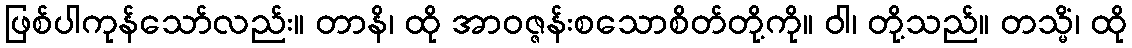
ဖြစ်ပါကုန်သော်လည်း။ တာနိ၊ ထို အာဝဇ္ဇန်းစသောစိတ်တို့ကို။ ဝါ၊ တို့သည်။ တသ္မိံ၊ ထို